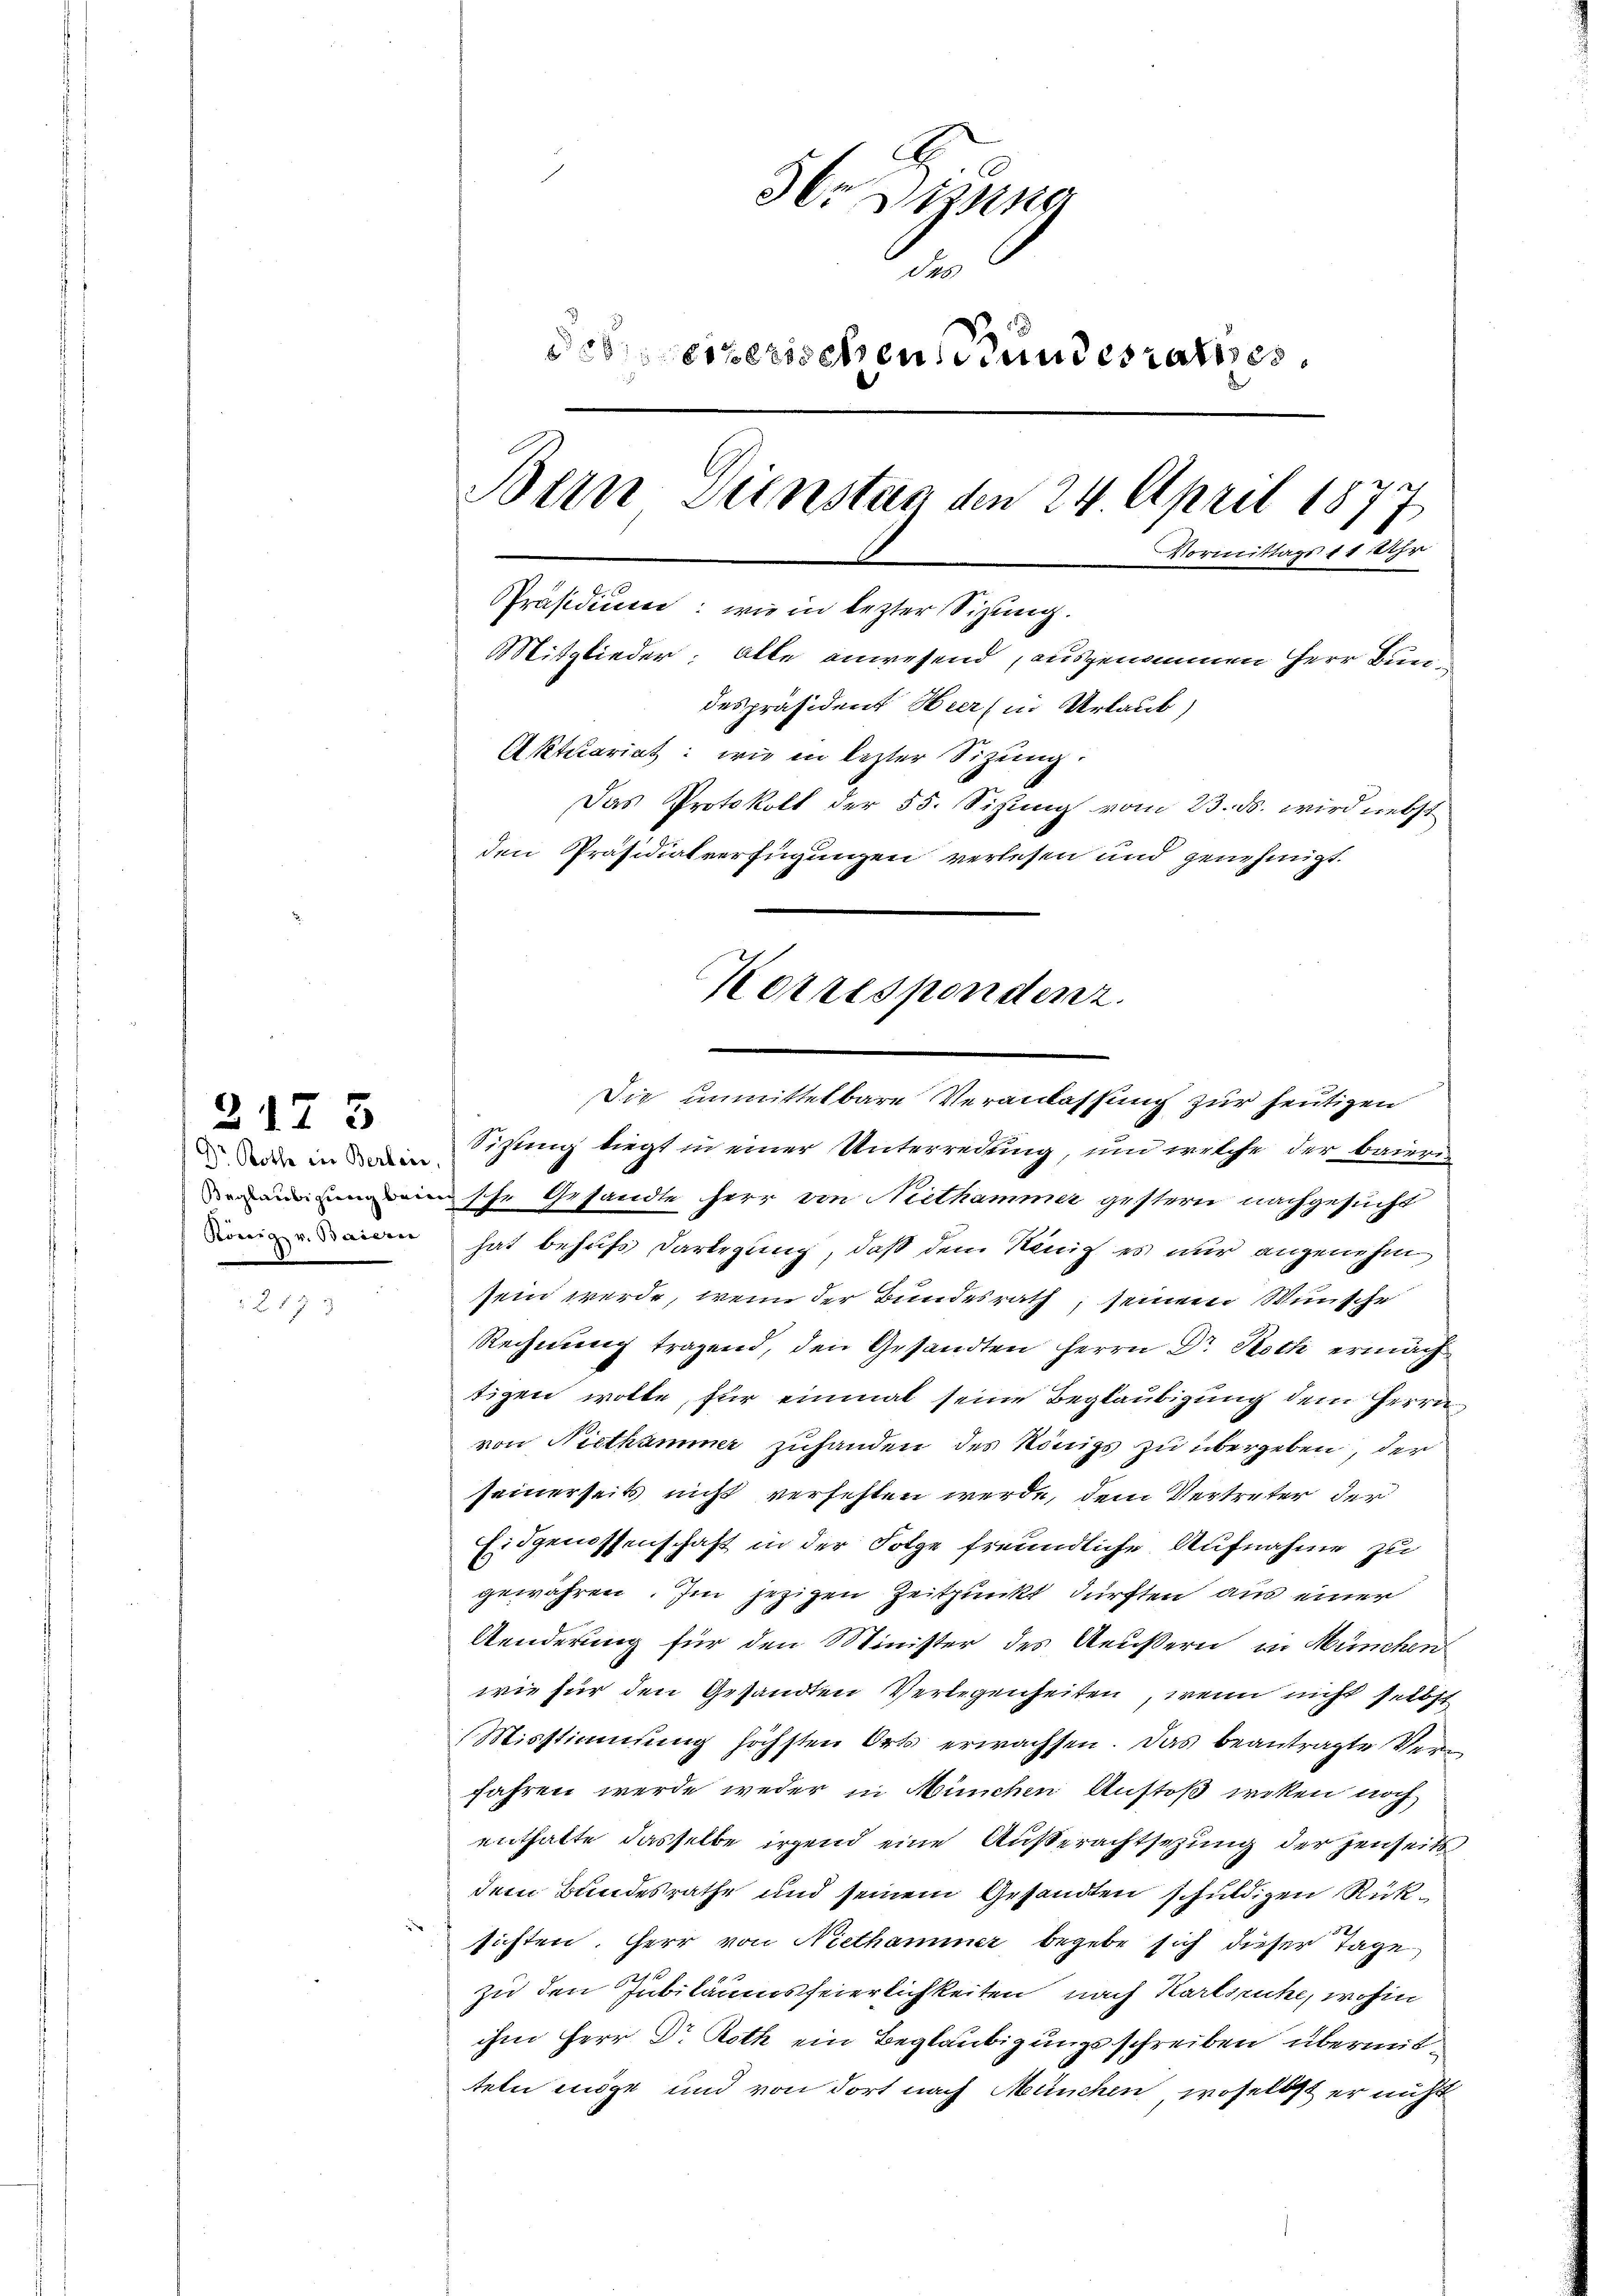
2173

.
3r Sitzung
de
deseizerischen Bundesrathes
Bern Seinster den 24. April 1877
Vormittags 11 Uhr
Präsidium: wie in lezter Sitzung.
Mitglieder: Alle anwesend, ausgenommen Herr Bundespräsident Heer (in Urlaub
Aktuariat: wie in lezter Sitzung.
Das Protokoll der 55. Sitzung vom 23. ds. wird nebst
den Präsidialverfügungen verlesen und genehmigt.

dr in Sisting liegt in einer Unterredung, und welche der baiern
asche Gesandte herr von Nietkammer gestern nachgesucht
edenen hat behufs Darlegung, daß dem König es nur angenehm
sein werde, wenn der Bundesrath, seinem Wünsche
Rechnung tragend, den Gesandten Herrn Dr. Roth ermächtizen wolle, für einmal seine Beglaubigung dem Herrn
von Nicthammer zuhanden des Königs zu übergeben, der
seinerseits nicht verfesten werde, dem Vertreter der
Eidgenossenschaft in der Folge freundliche Aufnahme zu
gewähren. Im jezigen Zeitpunkt dürften aus einer
Aenderung für den Minister des Aeußern, in München
wie für den Gesandten Verlegenheiten, wenn nicht selbst
Misstimmung höchsten Orts erwachsen. Das beantragte Verfahren werde weder in München Anstoß wiken noch
enthalte dasselbe irgend eine Außerachtsezung der jenseits
dem Bundesrathe und seinem Gesandten schuldigen Rüksichten. Herr von Niethammer begebe sich dieser Tage
zu den Jubiläumsfeierlichkeiten nach Karlsruhe, wohin
ihm Herr Dr. Roth ein Beglaubigungsschreiben übermitteln möge und von dort nach München, woselbst er nicht

Korrespondenz.
Die unmittelbare Veranlassung zur heutigen